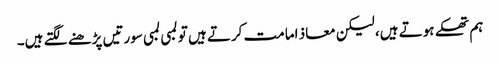
ہم تھکے ہوتے ہیں، لیکن معاذ امامت کرتے ہیں تو لمبی لمبی سورتیں پڑھنے لگتے ہیں۔